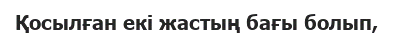
Қосылған екі жастың бағы болып,